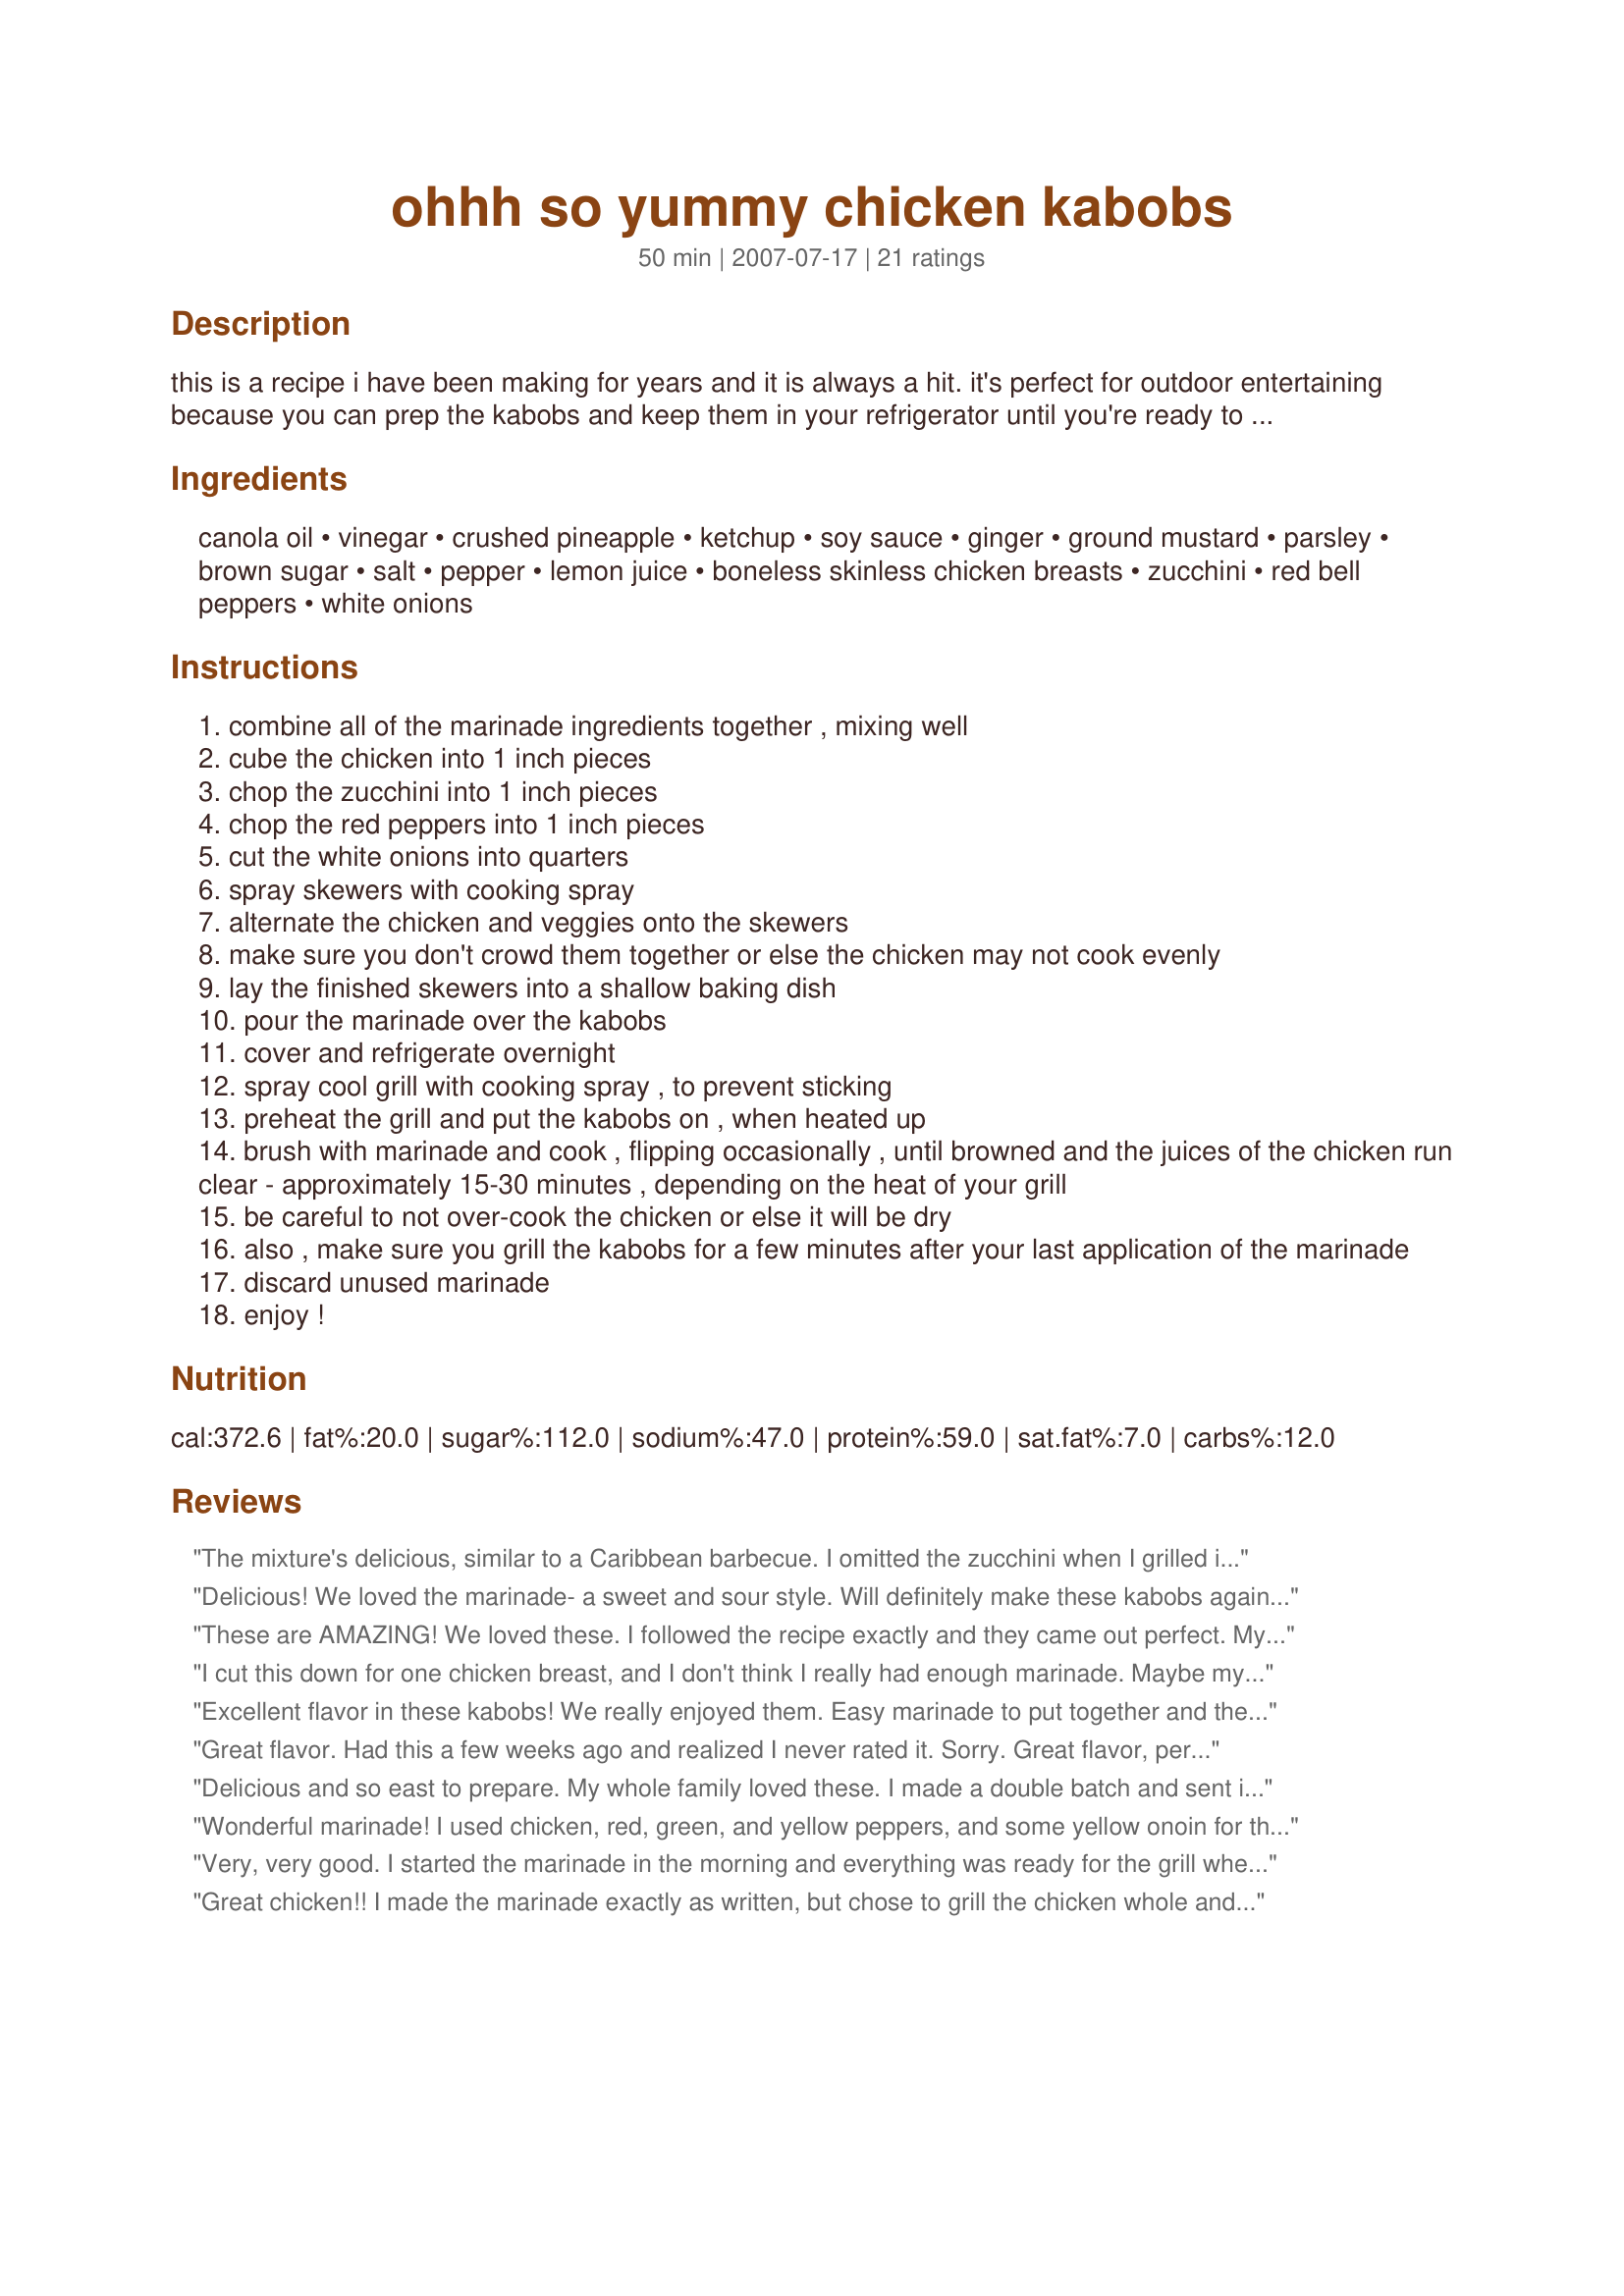
ohhh so yummy chicken kabobs
Preparation time: 50 minutes

this is a recipe i have been making for years and it is always a hit. it's perfect for outdoor entertaining because you can prep the kabobs and keep them in your refrigerator until you're ready to grill. it's actually best to let it marinate overnight. the flavor from the marinade is awesome!! i like to serve this over rice - with a nice salad and bakery bread...simple and yummy. i hope you enjoy!

Ingredients:
canola oil, vinegar, crushed pineapple, ketchup, soy sauce, ginger, ground mustard, parsley, brown sugar, salt, pepper, lemon juice, boneless skinless chicken breasts, zucchini, red bell peppers, white onions

Steps:
combine all of the marinade ingredients together , mixing well
cube the chicken into 1 inch pieces
chop the zucchini into 1 inch pieces
chop the red peppers into 1 inch pieces
cut the white onions into quarters
spray skewers with cooking spray
alternate the chicken and veggies onto the skewers
make sure you don't crowd them together or else the chicken may not cook evenly
lay the finished skewers into a shallow baking dish
pour the marinade over the kabobs
cover and refrigerate overnight
spray cool grill with cooking spray , to prevent sticking
preheat the grill and put the kabobs on , when heated up
brush with marinade and cook , flipping occasionally , until browned and the juices of the chicken run clear - approximately 15-30 minutes , depending on the heat of your grill
be careful to not over-cook the chicken or else it will be dry
also , make sure you grill the kabobs for a few minutes after your last application of the marinade
discard unused marinade
enjoy !

Reviews:
The mixture's delicious, similar to a Caribbean barbecue. I omitted the zucchini when I grilled it indoors as we didn't have it. It's very tasty and it was lovely having it for winter's dinner. Thanks! Made for Aus Recipe Swap #24.
Delicious! We loved the marinade- a sweet and sour style. Will definitely make these kabobs again. Served with some steamed rice. We used gluten-free soy sauce and ketchup to make this meal totally gluten-free without having to make any other changes. Made for Aus/NZ Forum Recipe Swap April 2011. Photo also to be posted
These are AMAZING! We loved these. I followed the recipe exactly and they came out perfect. My hubby grilled them on our charcoal grill and it took about 8 - 10 minutes.
Thanks for a great recipe we will use again for sure. Made for ZWT5 - Epicurean Queens!
I cut this down for one chicken breast, and I don't think I really had enough marinade. Maybe my breast was larger, so keep in mind the size of your chicken breasts...I used fresh, not frozen. I think the fresh ones tend to be larger. Love the mix of veggies...I added some yellow squash too because I needed to use it up. Very beautiful and flavorful recipe! Thanks for sharing...made for Photo Tag.
Excellent flavor in these kabobs! We really enjoyed them. Easy marinade to put together and the kabobs taste wonderful. I followed directions exactly and we had a wonderful dinner. Thanks!
Great flavor. Had this a few weeks ago and realized I never rated it. Sorry. Great flavor, perfect on the grill. We had 10 of us, so all different but similar flavors ... in the steak, shrimp and chicken dishes. The chicken was definitely a hit. Definitely keep the recipe. I love recipes like that, that are so versatile. Great flavors as always.
Delicious and so east to prepare. My whole family loved these. I made a double batch and sent it to my son, him and his GF enjoyed them as well. Thank you for posting and I will make again. Made for Everyday Is A Holiday Tag Game.
Wonderful marinade! I used chicken, red, green, and yellow peppers, and some yellow onoin for the kabobs. Put them in the marinade on Friday evening and grilled them on Sunday. The kabobs were very flavorful, and the veggies were especially tasty. Most definitely be making this one again. Thanks!
Very, very good. I started the marinade in the morning and everything was ready for the grill when we got home. The kids loved these and have already asked to have again. Served with rice pilaf. Thanks for sharing.
Great chicken!! I made the marinade exactly as written, but chose to grill the chicken whole and just cook the veggies on a kabob. Served this with some rice and corn on the cob for a fabulous meal!! Thanks for sharing the recipe. Made for ZWT 7.
Used your marinade on chicken that I grilled for lunch today. I did not make it into Kabobs as I wanted the chicken to serve along with beans from the garden, broccoli, & some leftover mac n' cheese from dinner last night. I wasn't sure how it would go over with the kids since only 1 of 4 likes pineapple. Everyone enjoyed it very much...and I was smart enough to keep the recipe a secret so that they will eat it again. Made and reviewed for the August 2011 AUS/NZ Recipe Swap.
These were great!! I made mine on wooden skewers and marinated for about 8 1/2 hours. I made mine a little different since DH does not like ANY of the veggies. I made 3 as directed, 3 just chicken and a 2 just veggies. I ate the ones with everything and they had the best flavor and DH loved the marinated/grilled chicken with white rice. I will eat the rest for lunch. Made for Recipe Swap #56.
This recipe makes a great chicken marinade! The chicken was so juicy and flavorful and with the overnight soak even the veggies were full of flavor. I made the kabobs but I think this marinade would be good on whole chicken pieces too, or even pork chops. Thanks for sharing the recipe!
This was Wonderful! We made this recipe along with another kabob recipe(with scallops). the kabobs stayed in the marinade for 2 days and then were grilled. everything had great flavor to it. I LOVED the zucchini that I had on it. Next time I will use MORE zucchini. Made for ZWT for the Golden Gourmets
So happy to have found this! Everyone raved about them. Thanks!
This was a very good marinade. Did not make kabobs, just made marinated chicken and it was really tasty. Served with Nectarine Salsa. Will make again and try the kabobbing.
Thanks.
Holy dooley...this is corker! Good onya! ...and all said in an Aussie accent with default Cajun undertones. Made for ZWT#8~AU/NZ.
Delicious! We loved how good this marinade came out. We chose to just have the chicken alone. Will be making this dish again.
These kabobs are wonderful! I used the mini whole red orange and yellow peppers that you can buy at costco, chicken and mushrooms on my kabobs. Awesome!!!!! Thanks so much for the recipe. I will be making these again for company.
Delicous meal! My prep time was longer than just 20 minutes , but that's not that big of a deal.
I didn't read the recipe far enough in advance time wise, to have them marinate overnight but they DID get several hours of marinating time.
We really enjoyed the flavor of this marinade , it was easy to do and was a nice change of pace from our usual chicken dishes!
Thanks so much for sharing!
I scaled this back for 3, didn't use bell peppers/capsicum as we don't like them and used 1 large zucchini with a large quartered onion, 500 grams of chicken breasts and got 10 kabobs. Loved the sweetness that the pineapple imparted. Cooked in 20 minutes on the indoor grill on the gas cooktop. Thank you LifeIsGood, made for Potluck Tag Game.
